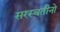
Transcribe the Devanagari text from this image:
सरस्वतीनो